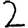
Digit: 2